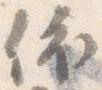
依